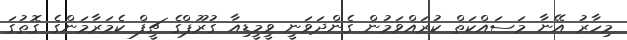
މިހާރު އޭނާ މަސައްކަތް ކުރައްވަމުން ގެންދަވަނީ ވީމީޑިއާ ގުރޫޕްގެ ޗީފް ކެމަރާމަންގެ ގޮތުގަ